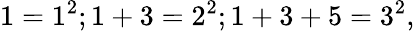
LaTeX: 1=1^{2};1+3=2^{2};1+3+5=3^{2},